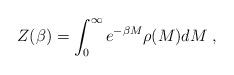
LaTeX: \begin{align*}Z(\beta )=\int_{0}^{\infty }e^{-\beta M}\rho (M)dM\;, \end{align*}